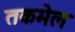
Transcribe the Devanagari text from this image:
तकमेल